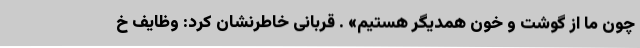
چون ما از گوشت و خون همدیگر هستیم» . قربانی خاطرنشان کرد: وظایف خ